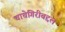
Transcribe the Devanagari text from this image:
चाचेगिरीबद्दल